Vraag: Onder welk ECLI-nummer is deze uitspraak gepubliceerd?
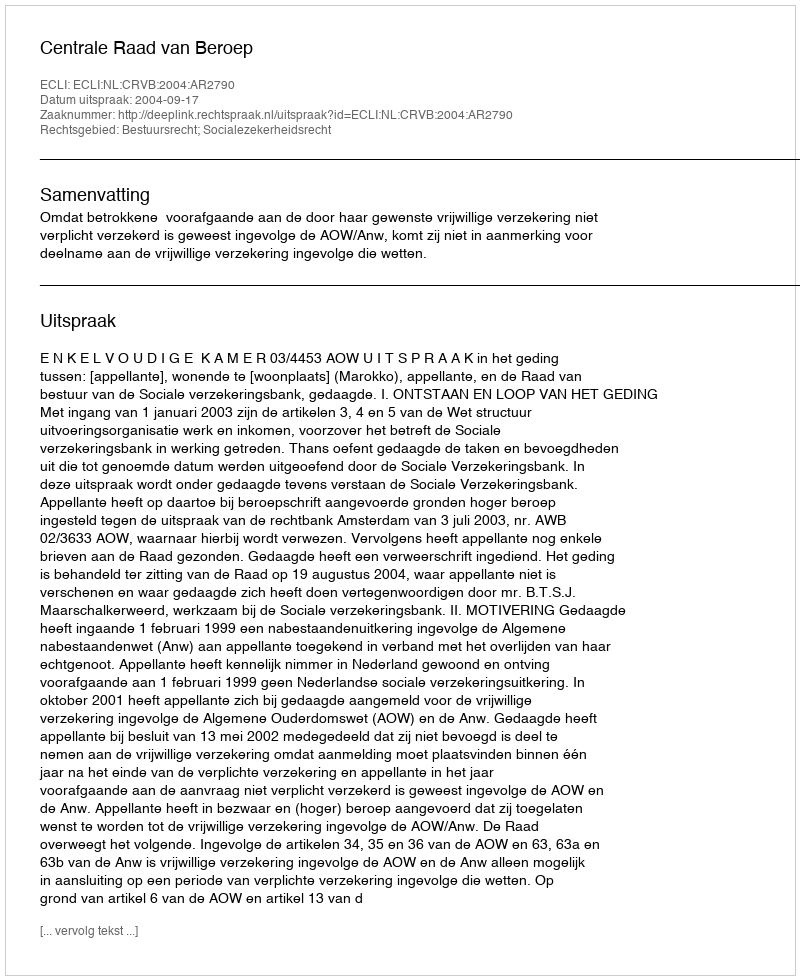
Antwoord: ECLI:NL:CRVB:2004:AR2790